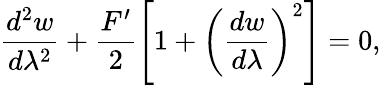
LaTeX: \frac{d^{2}w}{d\lambda^{2}}+\frac{F^{\prime}}{2}\left[1+\left(\frac{dw}{d\lambda}\right)^{2}\right]=0,